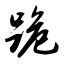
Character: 跪